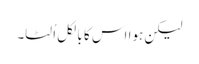
لیکن ہوا اس کا بالکل اُلٹا۔